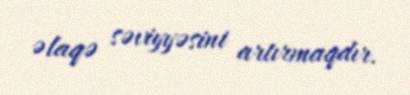
əlaqə səviyyəsini artırmaqdır.